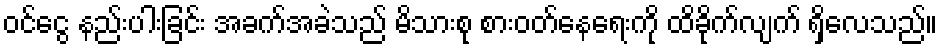
ဝင်ငွေ နည်းပါးခြင်း အခက်အခဲသည် မိသားစု စားဝတ်နေရေးကို ထိခိုက်လျက် ရှိလေသည်။